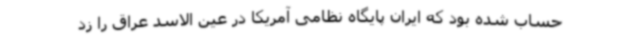
حساب شده بود که ایران پایگاه نظامی آمریکا در عین الاسد عراق را زد